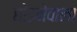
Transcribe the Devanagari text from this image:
छोड़नेवाला